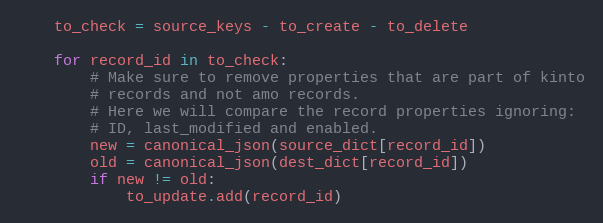
Language: Python
    to_check = source_keys - to_create - to_delete

    for record_id in to_check:
        # Make sure to remove properties that are part of kinto
        # records and not amo records.
        # Here we will compare the record properties ignoring:
        # ID, last_modified and enabled.
        new = canonical_json(source_dict[record_id])
        old = canonical_json(dest_dict[record_id])
        if new != old:
            to_update.add(record_id)